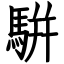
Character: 騈